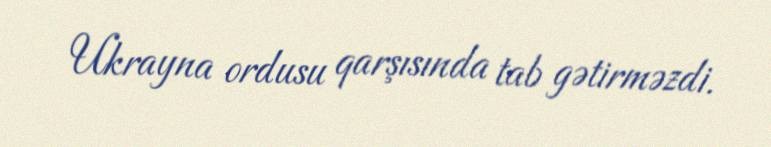
Ukrayna ordusu qarşısında tab gətirməzdi.